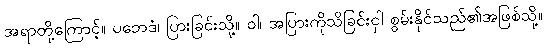
အရာတို့ကြောင့်။ ပဘေဒံ၊ ပြားခြင်းသို့။ ဝါ၊ အပြားကိုသိခြင်းငှါ စွမ်းနိုင်သည်၏အဖြစ်သို့။